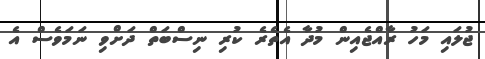
ޖުލައި މަހު ރާއްޖެއިން މުދާ އެތެރެ ކުރި ނިސްބަތް ދަށްވި ނަމަވެސް އެ